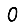
Digit: 0